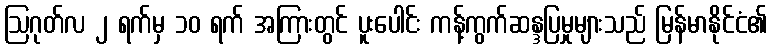
ဩဂုတ်လ ၂ ရက်မှ ၁၀ ရက် အကြားတွင် ပူးပေါင်း ကန့်ကွက်ဆန္ဒပြမှုများသည် မြန်မာနိုင်ငံ၏